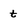
Character: t